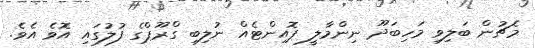
މެޗުން ބަލިވި މަހިބަދޫ ނިންމާލީ ޕޮއިންޓެއް ނުލިބި ގްރޫޕްގެ ފުލުގައި އޮވެ އެވެ.